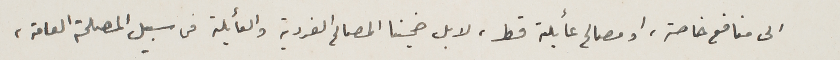
الى منافع خاصة، او مصالح عائلية قط، لا بل ضحينا المصالح الفردية والعائلية فى سبيل المصلحة العامة،